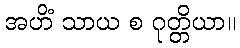
အဟိံ သာယ စ ဂုတ္တိယာ။